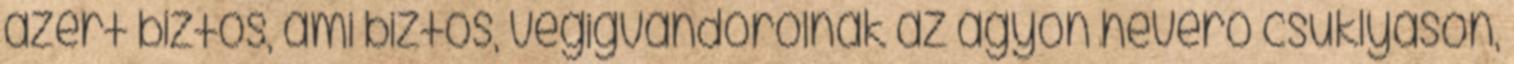
azért biztos, ami biztos, végigvándorolnak az ágyon heverő csuklyáson,